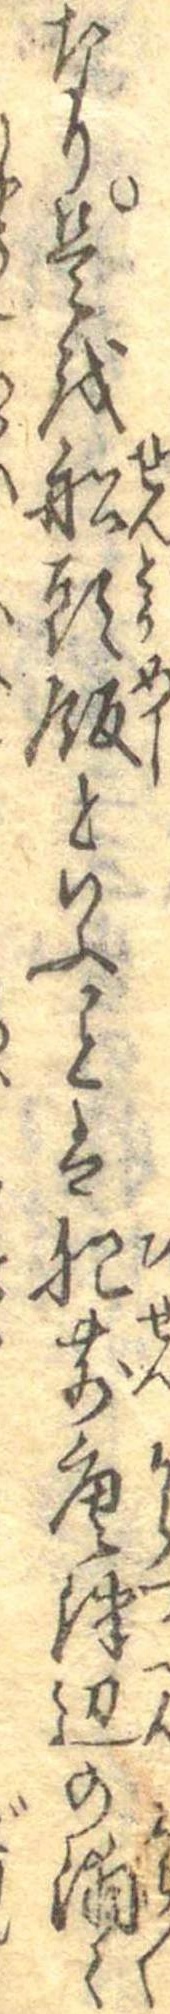
なり是を船頭飯といふことは肥前唐津辺の浦々